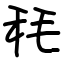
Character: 秏